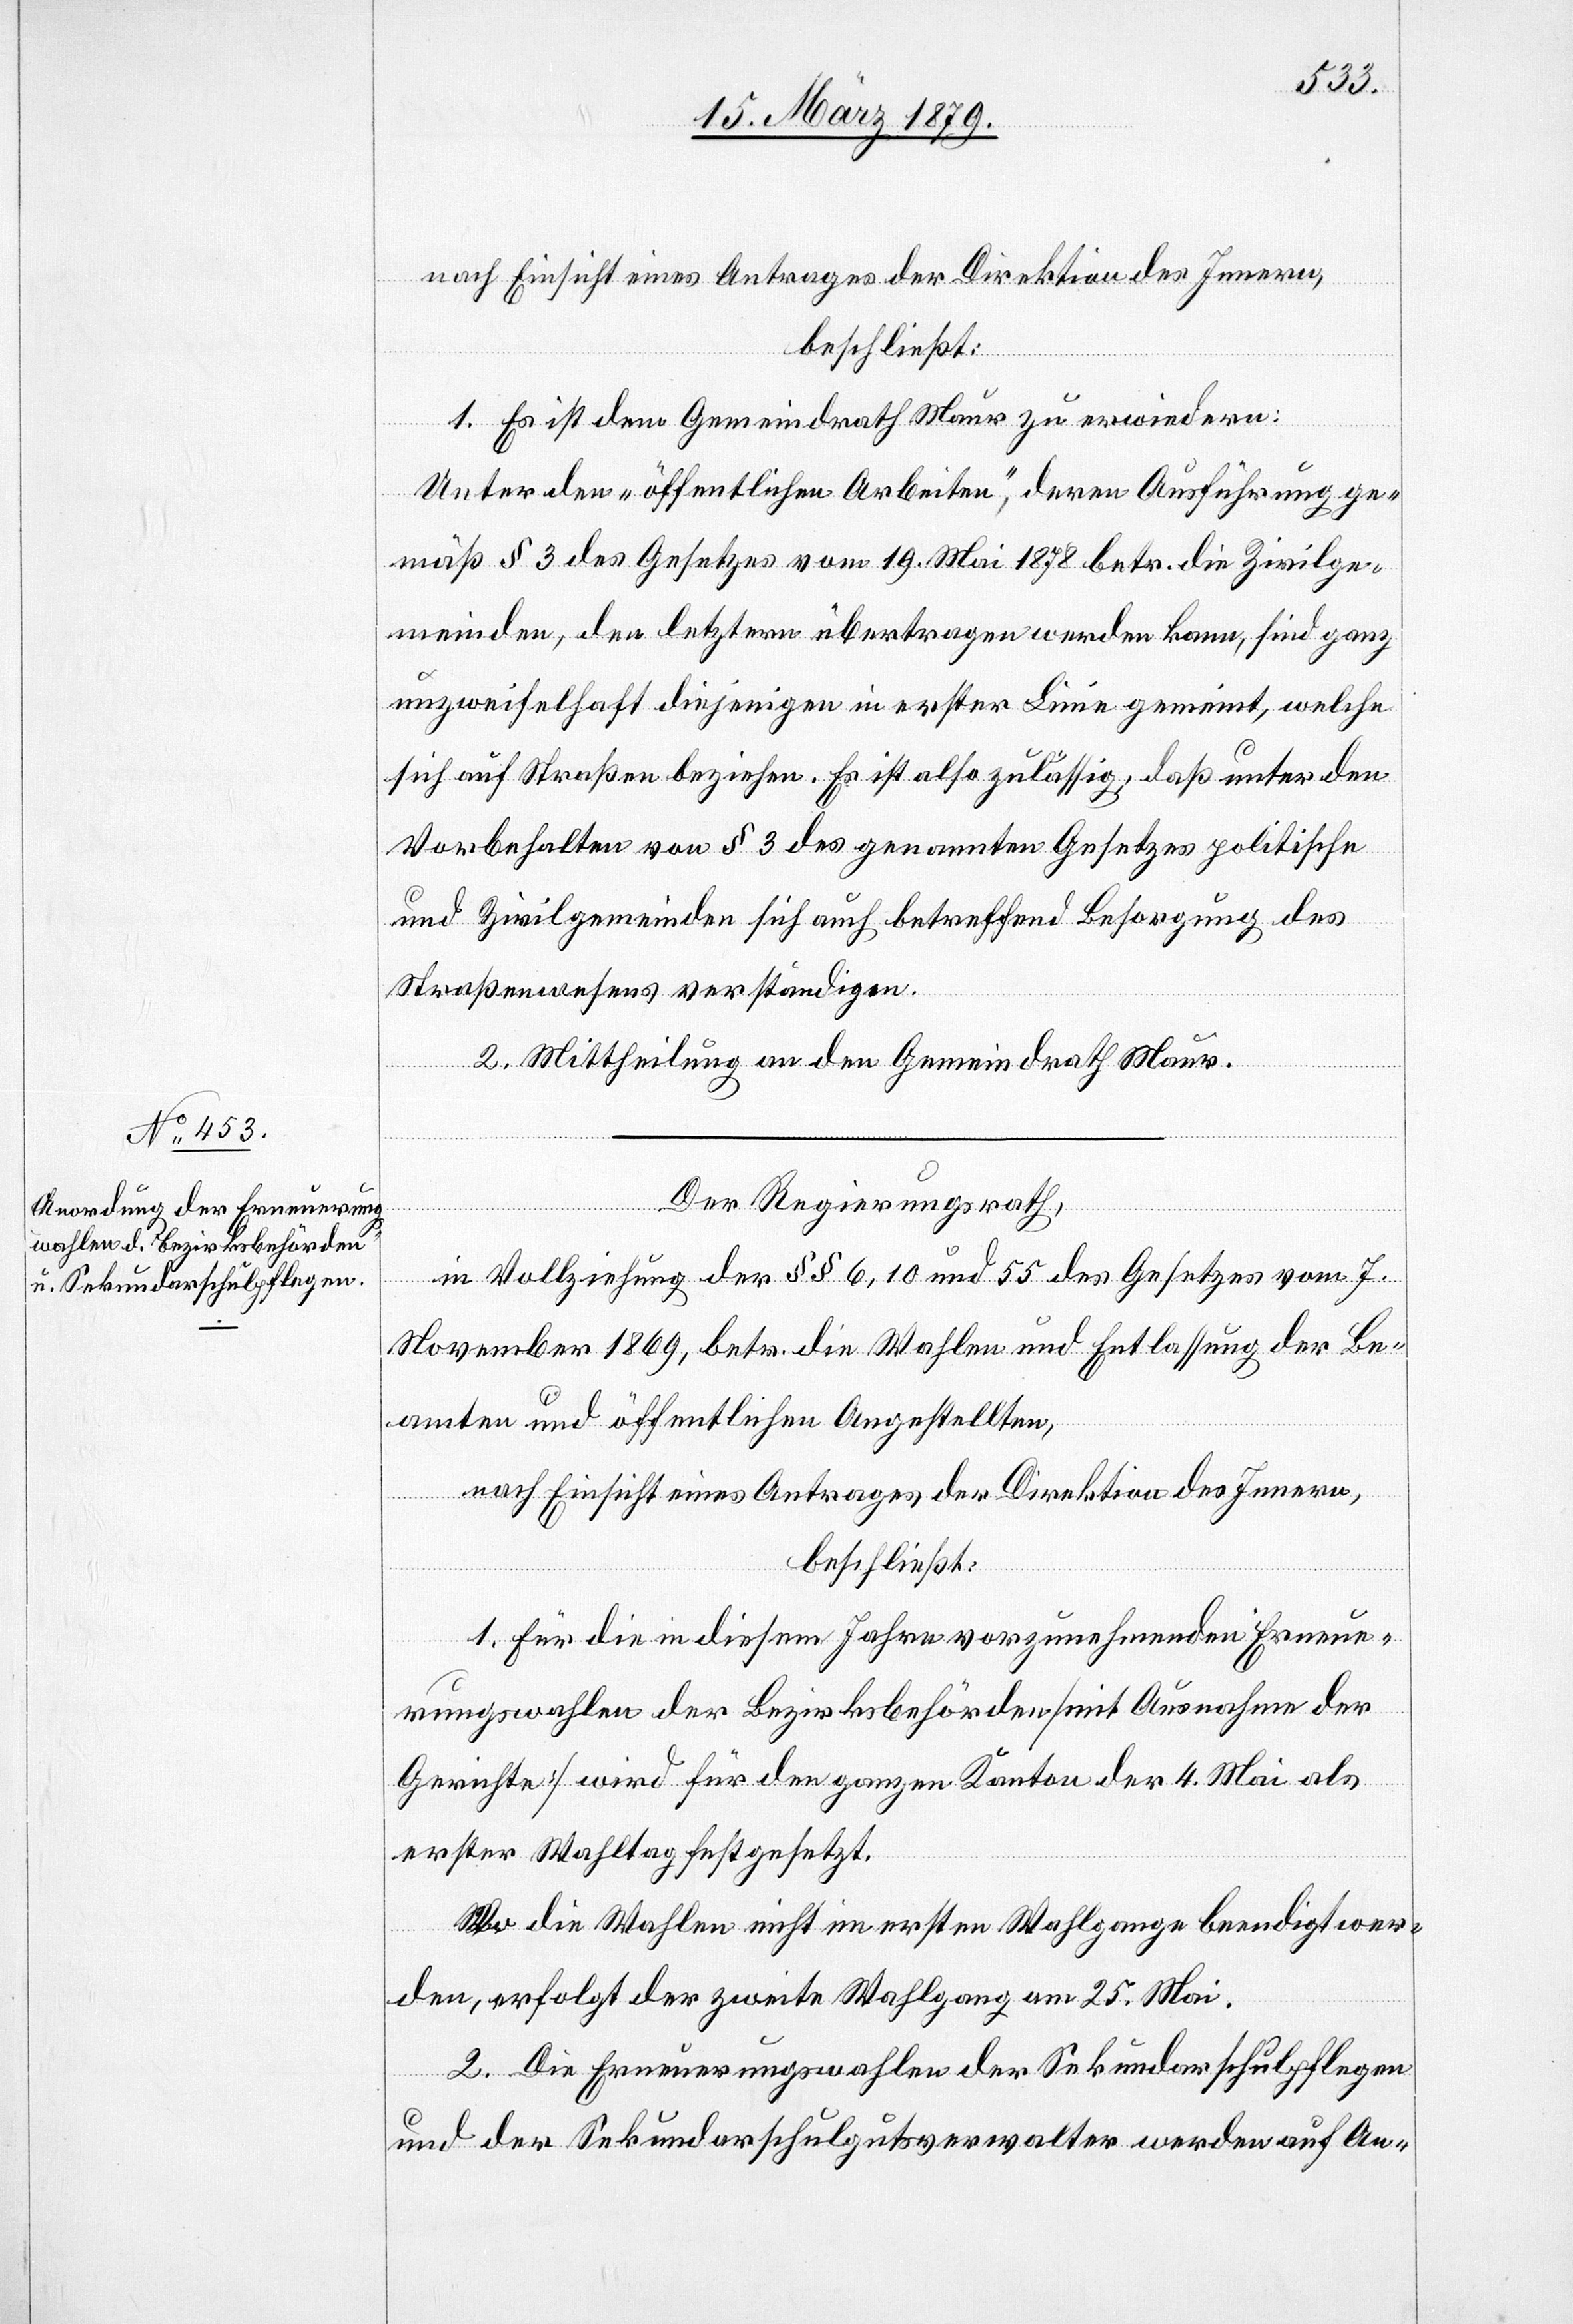
nach Einsicht eines Antrages der Direktion des Innern,
beschließt:
1. Es ist dem Gemeindrath Maur zu erwiedern:
Unter den „öffentlichen Arbeiten“, deren Ausführung ge¬
mäß § 3 des Gesetzes vom 19. Mai 1878 betr. die Zivilge¬
meinden, den letztern übertragen werden kann, sind ganz
unzweifelhaft diejenigen in erster Linie gemeint, welche
sich auf Straßen beziehen. Es ist also zulässig, daß unter den
Vorbehalten von § 3 des genannten Gesetzes politische
und Zivilgemeinden sich auch betreffend Besorgung des
Straßenwesens verständigen.
2. Mittheilung an den Gemeindrath Maur.
Der Regierungsrath,
in Vollziehung der §§ 6, 10 und 55 des Gesetzes vom 7.
November 1869, betr. die Wahlen und Entlassung der Be¬
amten und öffentlichen Angestellten,
nach Einsicht eines Antrages der Direktion des Innern,
beschließt:
1. Für die in diesem Jahre vorzunehmenden Erneue¬
rungswahlen der Bezirksbehörden [mit Ausnahme der
Gerichte] wird für den ganzen Kanton der 4. Mai als
erster Wahltag festgesetzt.
Wo die Wahlen nicht im ersten Wahlgange beendigt wer¬
den, erfolgt der zweite Wahlgang am 25. Mai.
2. Die Erneuerungswahlen der Sekundarschulpflegen
und der Sekundarschulgutsverwalter werden auf An-